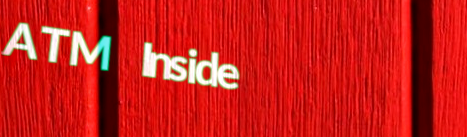
ATM Inside